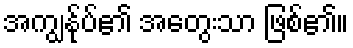
အကျွန်ုပ်၏ အတွေးသာ ဖြစ်၏။